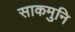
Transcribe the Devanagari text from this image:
साकमुनि